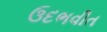
ઉદભવીત